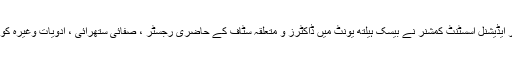
اس موقع پر ایڈیشنل اسسٹنٹ کمشنر نے بیسک ہیلتھ یونٹ میں ڈاکٹرز و متعلقہ سٹاف کے حاضری رجسٹر ، صفائی ستھرائی ، ادویات وغیرہ کو چیک کیا ۔